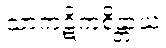
သာကဋိကစိန္တာယ